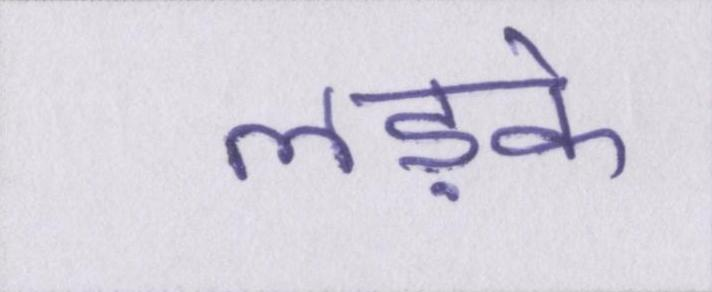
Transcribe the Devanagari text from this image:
लड़के